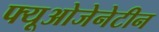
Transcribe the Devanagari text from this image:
फ्यूओजेनेटीन